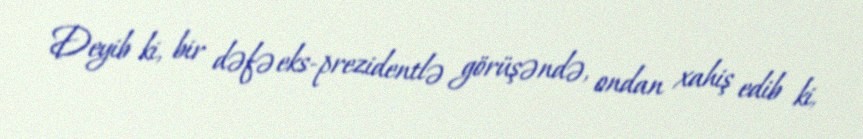
Deyib ki, bir dəfə eks-prezidentlə görüşəndə, ondan xahiş edib ki,